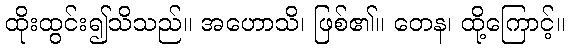
ထိုးထွင်း၍သိသည်။ အဟောသိ၊ ဖြစ်၏။ တေန၊ ထို့ကြောင့်။